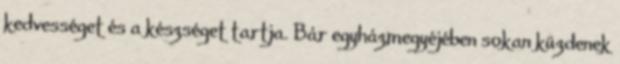
kedvességet és a készséget tartja. Bár egyházmegyéjében sokan küzdenek